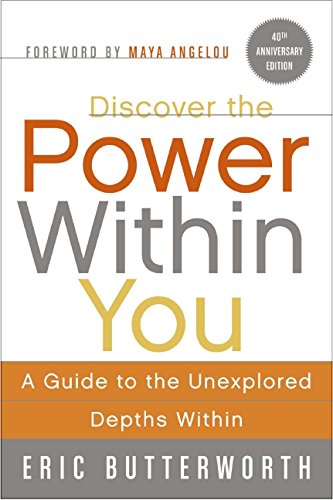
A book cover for Discover the Power Within You: A Guide to the Unexplored Depths Within (Plus); Eric Butterworth; Religion & Spirituality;